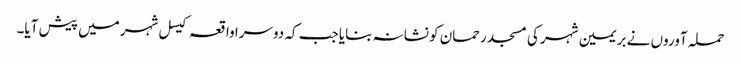
حملہ آوروں نے بریمین شہر کی مسجد رحمان کو نشانہ بنایا جب کہ دوسرا واقعہ کیسل شہر میں پیش آیا۔